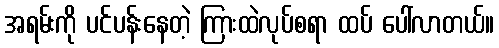
အရမ်းကို ပင်ပန်းနေတဲ့ ကြားထဲလုပ်စရာ ထပ် ပေါ်လာတယ်။